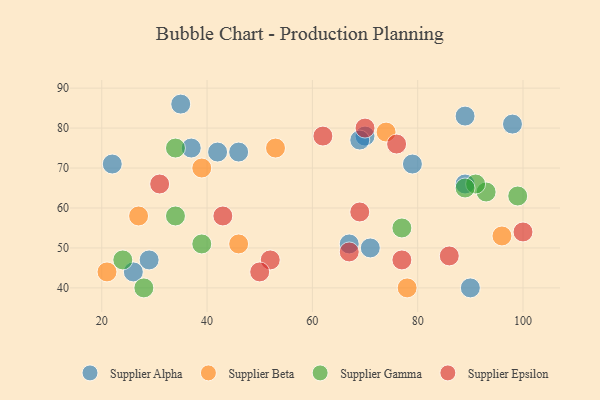
{"axis": {"x": "GDP", "y": "Life Expectancy"}, "legend": ["Supplier Alpha", "Supplier Beta", "Supplier Epsilon", "Supplier Gamma"], "data": [{"x": "90", "y": 40, "type": "Supplier Alpha"}, {"x": "29", "y": 47, "type": "Supplier Alpha"}, {"x": "79", "y": 71, "type": "Supplier Alpha"}, {"x": "67", "y": 51, "type": "Supplier Alpha"}, {"x": "42", "y": 74, "type": "Supplier Alpha"}, {"x": "46", "y": 74, "type": "Supplier Alpha"}, {"x": "89", "y": 83, "type": "Supplier Alpha"}, {"x": "71", "y": 50, "type": "Supplier Alpha"}, {"x": "70", "y": 78, "type": "Supplier Alpha"}, {"x": "69", "y": 77, "type": "Supplier Alpha"}, {"x": "26", "y": 44, "type": "Supplier Alpha"}, {"x": "22", "y": 71, "type": "Supplier Alpha"}, {"x": "98", "y": 81, "type": "Supplier Alpha"}, {"x": "35", "y": 86, "type": "Supplier Alpha"}, {"x": "37", "y": 75, "type": "Supplier Alpha"}, {"x": "89", "y": 66, "type": "Supplier Alpha"}, {"x": "53", "y": 75, "type": "Supplier Beta"}, {"x": "46", "y": 51, "type": "Supplier Beta"}, {"x": "21", "y": 44, "type": "Supplier Beta"}, {"x": "78", "y": 40, "type": "Supplier Beta"}, {"x": "96", "y": 53, "type": "Supplier Beta"}, {"x": "74", "y": 79, "type": "Supplier Beta"}, {"x": "27", "y": 58, "type": "Supplier Beta"}, {"x": "39", "y": 70, "type": "Supplier Beta"}, {"x": "99", "y": 63, "type": "Supplier Gamma"}, {"x": "34", "y": 58, "type": "Supplier Gamma"}, {"x": "77", "y": 55, "type": "Supplier Gamma"}, {"x": "28", "y": 40, "type": "Supplier Gamma"}, {"x": "93", "y": 64, "type": "Supplier Gamma"}, {"x": "91", "y": 66, "type": "Supplier Gamma"}, {"x": "34", "y": 75, "type": "Supplier Gamma"}, {"x": "89", "y": 65, "type": "Supplier Gamma"}, {"x": "39", "y": 51, "type": "Supplier Gamma"}, {"x": "24", "y": 47, "type": "Supplier Gamma"}, {"x": "52", "y": 47, "type": "Supplier Epsilon"}, {"x": "86", "y": 48, "type": "Supplier Epsilon"}, {"x": "31", "y": 66, "type": "Supplier Epsilon"}, {"x": "43", "y": 58, "type": "Supplier Epsilon"}, {"x": "100", "y": 54, "type": "Supplier Epsilon"}, {"x": "50", "y": 44, "type": "Supplier Epsilon"}, {"x": "70", "y": 80, "type": "Supplier Epsilon"}, {"x": "77", "y": 47, "type": "Supplier Epsilon"}, {"x": "76", "y": 76, "type": "Supplier Epsilon"}, {"x": "67", "y": 49, "type": "Supplier Epsilon"}, {"x": "69", "y": 59, "type": "Supplier Epsilon"}, {"x": "62", "y": 78, "type": "Supplier Epsilon"}]}